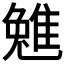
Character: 𨿮